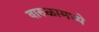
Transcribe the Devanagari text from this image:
वारुळामध्ये